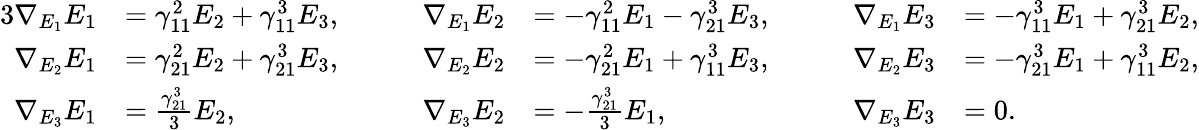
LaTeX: \begin{array}{rlrlrl}{{3}\nabla_{E_{1}}E_{1}}&{=\gamma_{11}^{2}E_{2}+\gamma_{11}^{3}E_{3},\qquad}&{\nabla_{E_{1}}E_{2}}&{=-\gamma_{11}^{2}E_{1}-\gamma_{21}^{3}E_{3},\qquad}&{\nabla_{E_{1}}E_{3}}&{=-\gamma_{11}^{3}E_{1}+\gamma_{21}^{3}E_{2},}\\ {\nabla_{E_{2}}E_{1}}&{=\gamma_{21}^{2}E_{2}+\gamma_{21}^{3}E_{3},}&{\nabla_{E_{2}}E_{2}}&{=-\gamma_{21}^{2}E_{1}+\gamma_{11}^{3}E_{3},}&{\nabla_{E_{2}}E_{3}}&{=-\gamma_{21}^{3}E_{1}+\gamma_{11}^{3}E_{2},}\\ {\nabla_{E_{3}}E_{1}}&{=\frac{\gamma_{21}^{3}}{3}E_{2},}&{\nabla_{E_{3}}E_{2}}&{=-\frac{\gamma_{21}^{3}}{3}E_{1},}&{\nabla_{E_{3}}E_{3}}&{=0.}\end{array}